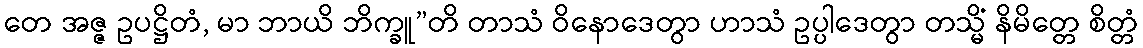
တေ အဇ္ဇ ဥပဋ္ဌိတံ, မာ ဘာယိ ဘိက္ခူ”တိ တာသံ ဝိနောဒေတွာ ဟာသံ ဥပ္ပါဒေတွာ တသ္မိံ နိမိတ္တေ စိတ္တံ